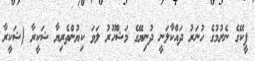
ޕީކޭގެ ނެށުމުގެ ހުނަރު ދައްކާލަނީ ދުނިޔޭގެ މަޝްހޫރު ލަވަ ކިޔުންތެރިޔާ ޝަކީރާ (ޝަކީރާ